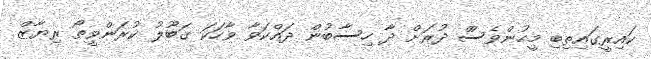
ކައިރީގައިތިބި މީހުންވެސްް ދުރަށް ދާ ހިސާބުން ދައްކަވާ ވާހަކަ ގަބޫލު ކުރަންވީތޯ ރިޔާޒް